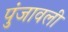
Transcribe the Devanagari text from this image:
पुंजावली